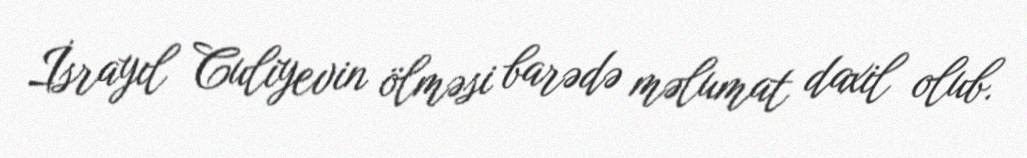
İsrayıl Culiyevin ölməsi barədə məlumat daxil olub.